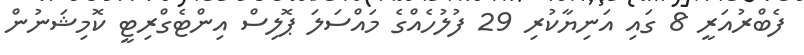
ފެބްރުއަރީ 8 ގައި އަނިޔާކުރި 29 ފުލުހެއްގެ މައްސަލަ ޕޮލިސް އިންޓެގްރިޓީ ކޮމިޝަނުން